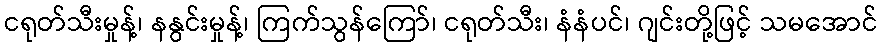
ငရုတ်သီးမှုန့်၊ နနွင်းမှုန့်၊ ကြက်သွန်ကြော်၊ ငရုတ်သီး၊ နံနံပင်၊ ဂျင်းတို့ဖြင့် သမအောင်